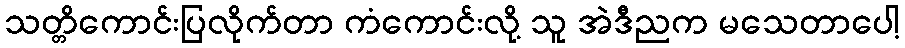
သတ္တိကောင်းပြလိုက်တာ ကံကောင်းလို့ သူ အဲဒီညက မသေတာပေါ့